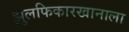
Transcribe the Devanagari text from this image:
झुलफिकारखानाला